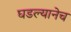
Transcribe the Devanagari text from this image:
घडल्यानेच